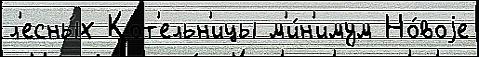
л'есны́х Кот'ельн'ицы м'и́н'имум Но́воjе